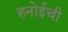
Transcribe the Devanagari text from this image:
हनोईची